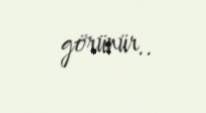
görünür..